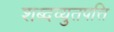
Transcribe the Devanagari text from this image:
शब्दव्युतपत्ति